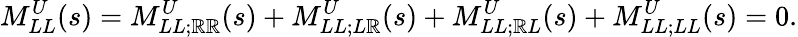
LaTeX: M_{LL}^{U}(s)=M_{LL;\mathbb{R}\mathbb{R}}^{U}(s)+M_{LL;L\mathbb{R}}^{U}(s)+M_{LL;\mathbb{R}L}^{U}(s)+M_{LL;LL}^{U}(s)=0.